Civil Veterinary Dept. Assam report 1927-50 - 1927-1950
Year: 1927
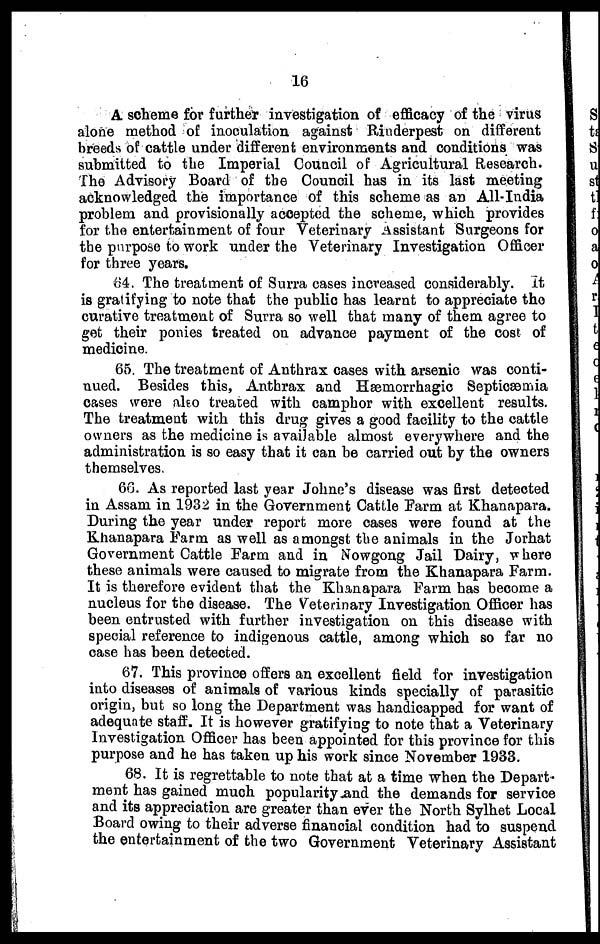
16
A. scheme for further investigation of efficacy of the virus
alone method of inoculation against Rinderpest on different
breeds of cattle under different environments and conditions was
submitted to the Imperial Council of Agricultural Research.
The Advisory Board of the Council has in its last meeting
acknowledged the importance of this scheme as an All-India
problem and provisionally accepted the scheme, which provides
for the entertainment of four Veterinary Assistant Surgeons for
the purpose to work under the Veterinary Investigation Officer
for three years.
64. The treatment of Surra cases increased considerably. It
is gratifying to note that the public has learnt to appreciate the
curative treatment of Surra so well that many of them agree to
get their ponies treated on advance payment of the cost of
medicine.
65. The treatment of Anthrax cases with arsenic was conti-
nued. Besides this, Anthrax and Hæmorrhagic Septicæmia
cases were also treated with camphor with excellent results.
The treatment with this drug gives a good facility to the cattle
owners as the medicine is available almost everywhere and the
administration is so easy that it can be carried out by the owners
themselves.
66. As reported last year Johne's disease was first detected
in Assam in 1932 in the Government Cattle Farm at Khanapara.
During the year under report more cases were found at the
Khanapara Farm as well as amongst the animals in the Jorhat
Government Cattle Farm and in Nowgong Jail Dairy, where
these animals were caused to migrate from the Khanapara Farm.
It is therefore evident that the Khanapara Farm has become a
nucleus for the disease. The Veterinary Investigation Officer has
been entrusted with further investigation on this disease with
special reference to indigenous cattle, among which so far no
case has been detected.
67. This province offers an excellent field for investigation
into diseases of animals of various kinds specially of parasitic
origin, but so long the Department was handicapped for want of
adequate staff. It is however gratifying to note that a Veterinary
Investigation Officer has been appointed for this province for this
purpose and he has taken up his work since November 1933.
68. It is regrettable to note that at a time when the Depart-
ment has gained much popularity and the demands for service
and its appreciation are greater than ever the North Sylhet Local
Board owing to their adverse financial condition had to suspend
the entertainment of the two Government Veterinary Assistant